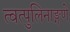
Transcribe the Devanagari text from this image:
त्वत्पुलिनाङ्गणे